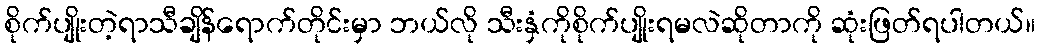
စိုက်ပျိုးတဲ့ရာသီချိန်ရောက်တိုင်းမှာ ဘယ်လို သီးနှံကိုစိုက်ပျိုးရမလဲဆိုတာကို ဆုံးဖြတ်ရပါတယ်။